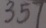
3 5 7